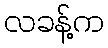
လခန့်က